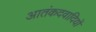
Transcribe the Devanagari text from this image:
आतंकदवादियों